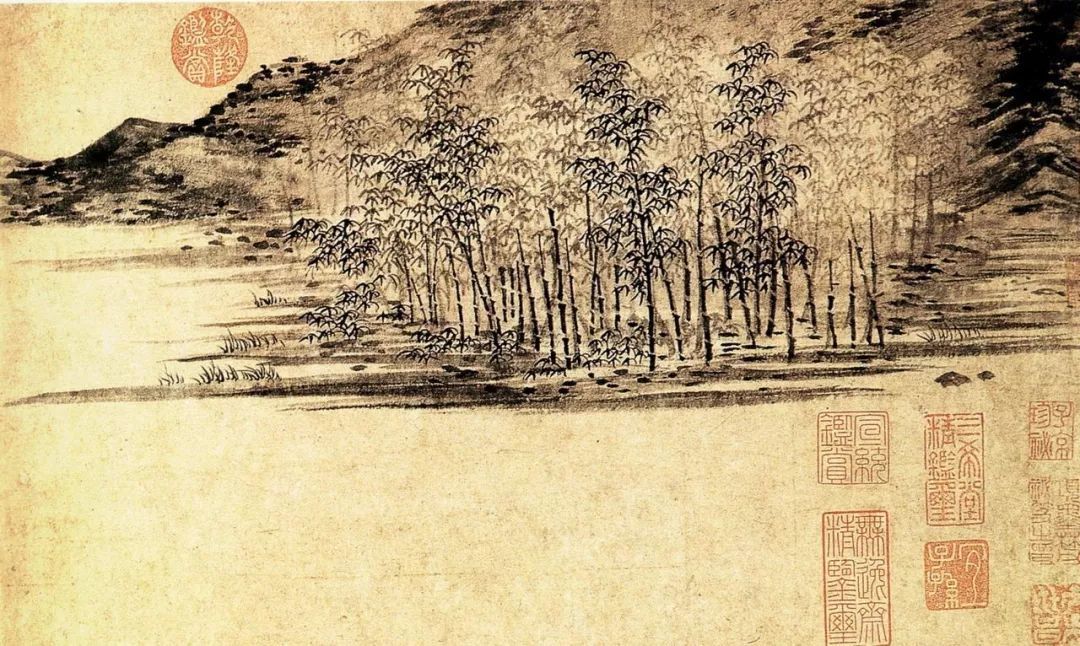
仁人之所以为事者，必兴天下之利，除去天下之害，以此为事者也。